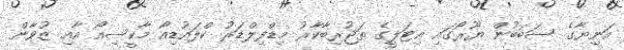
އަނިޔާގެ ސަބަބުން ޔޫރޯގައި އިޓަލީގެ ތަޖުރިބާކާރު މިޑްފިލްޑަރު ކްލައުޑިއޯ މާކީސިއޯ އާއި ޒުވާން